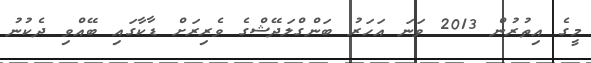
މީގެ އިތުރުން 2013 ވަނަ އަހަރު ބަންގްލަދޭޝްގެ ވެރިރަށް ޑާކާގައި ބޭއްވި ދެކުނު